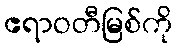
ဧရာဝတီမြစ်ကို